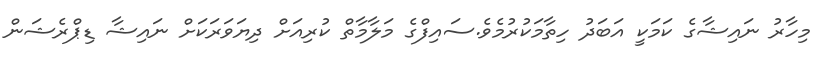
މިހާރު ނައިޝާގެ ކަމަކީ އަބަދު ހިތާމަކުރުމެވެ.ސައިފްގެ މަލާމާތް ކުރިއަށް ދިޔަވަރަކަށް ނައިޝާ ޑިޕްރެޝަން